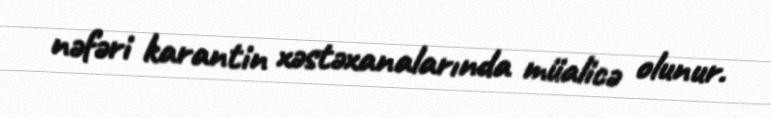
nəfəri karantin xəstəxanalarında müalicə olunur.